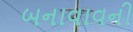
બનાવાવની